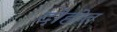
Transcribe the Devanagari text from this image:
दोहोत